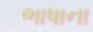
ભાષાના